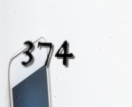
374